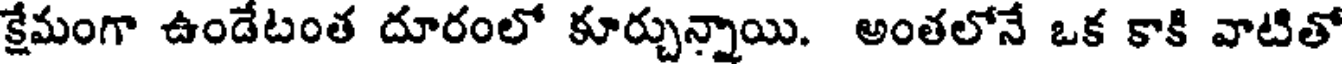
క్షేమంగా ఉండేటంత దూరంలో కూర్చున్నాయి. అంతలోనే ఒక కాకి వాటితో